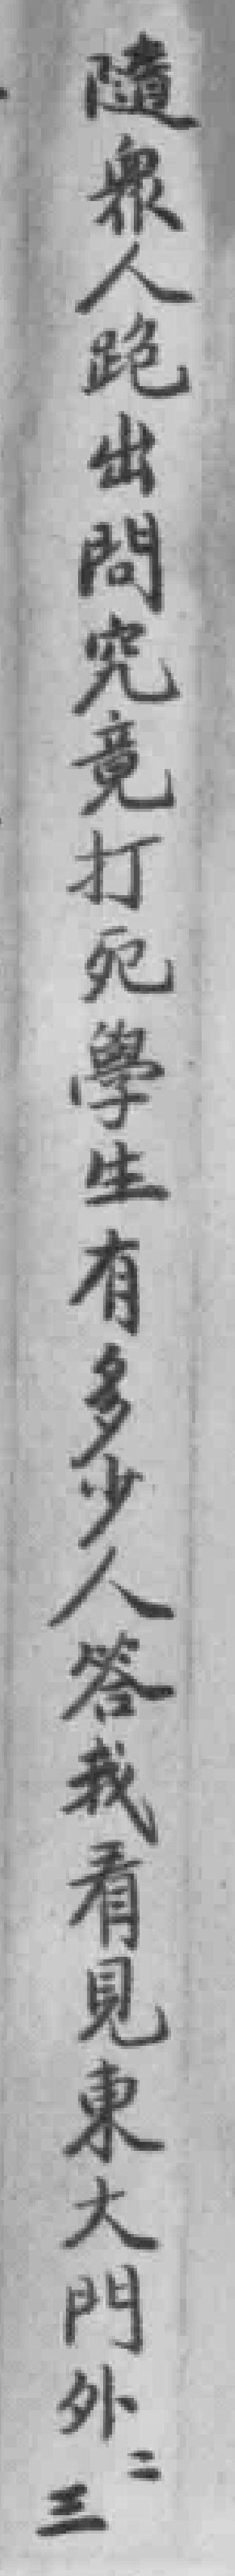
隨衆人跑出問究竟打死學生有多少人答我看見東大門外二三